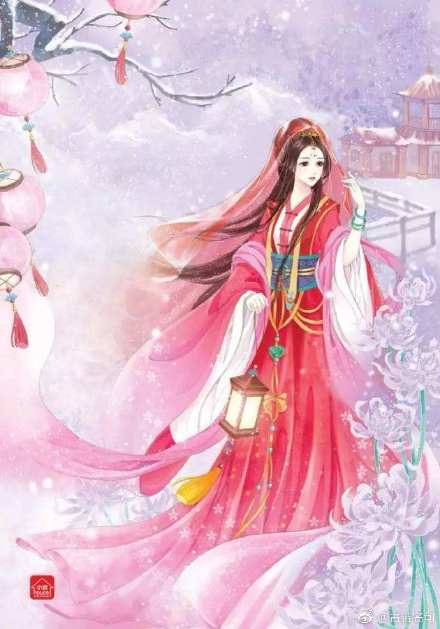
冰簟银床梦不成，碧天如水夜云轻。